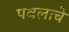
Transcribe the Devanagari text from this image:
पवलाचे